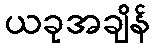
ယခုအချိန်